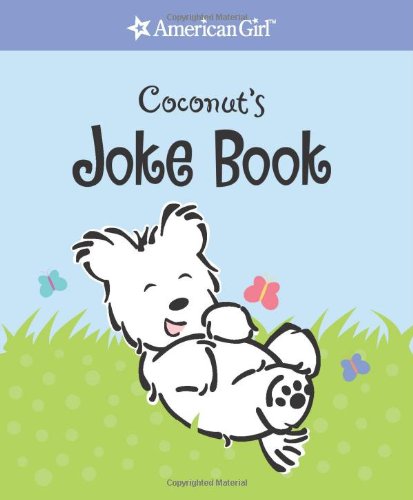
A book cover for Coconut's Joke Book; American Girl Editors; Humor & Entertainment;